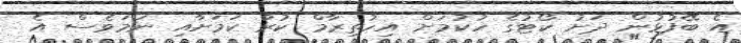
އެ ބޭފުޅުން ދަށު ކޯޓުގެ ހުކުމަށް އިހުތިރާމް ކުރާ ކަމަށާއި ނަމަވެސް އެ